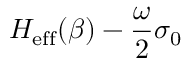
H _ { \mathrm { e f f } } ( \beta ) - \frac { \omega } { 2 } \sigma _ { 0 }